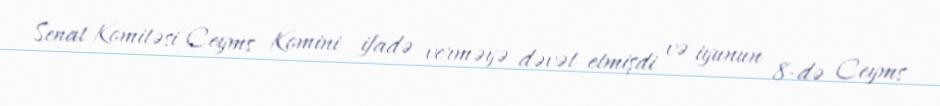
Senat Komitəsi Ceyms Komini ifadə verməyə dəvət etmişdi və iyunun 8-də Ceyms